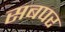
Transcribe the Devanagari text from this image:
सबपर